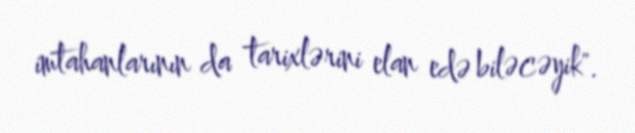
imtahanlarının da tarixlərini elan edə biləcəyik".